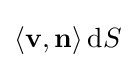
\left\langle \mathbf {v} ,\mathbf {n} \right\rangle \mathrm {d} S